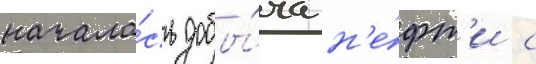
начала́сь добы́ча н'е́фт'и с